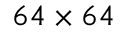
6 4 \times 6 4